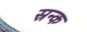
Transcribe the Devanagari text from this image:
स्रन्क